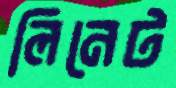
লিনেট